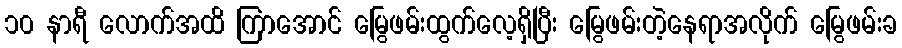
၁၀ နာရီ လောက်အထိ ကြာအောင် မြွေဖမ်းထွက်လေ့ရှိပြီး မြွေဖမ်းတဲ့နေရာအလိုက် မြွေဖမ်းခ